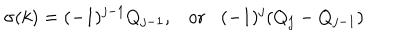
\sigma ( k ) = ( - 1 ) ^ { j - 1 } Q _ { j - 1 } , \mathrm { o r } ( - 1 ) ^ { j } ( Q _ { j } - Q _ { j - 1 } )